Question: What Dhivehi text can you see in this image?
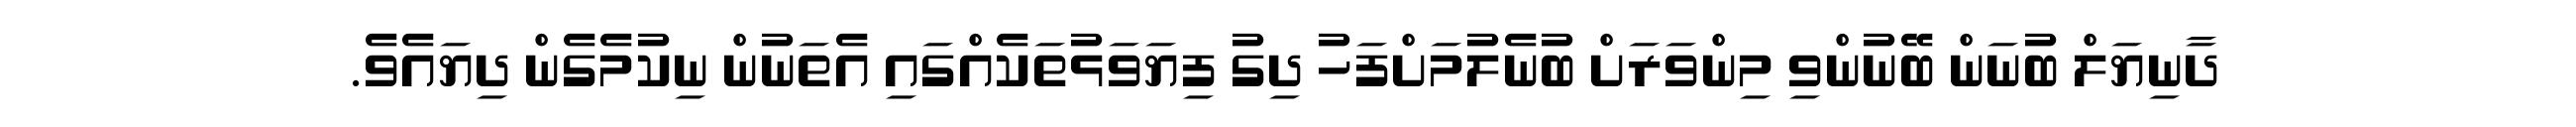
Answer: ދާނިޔަލް ބުނަން ބޭނުންވި މިންވަރަށް ބުނެލުމަށްފަހު ދިގު ފިޔަވަޅުތަކެއްގައި އެތަނުން ނިކުމެގެން ދިޔައެވެ.